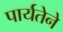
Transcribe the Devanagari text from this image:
पार्यतेने